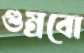
গুম্‌রবো